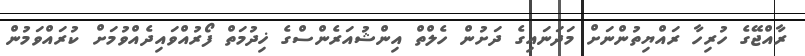
ރާއްޖޭގެ ހުރިހާ ރައްޔިތުންނަށް މަދަނައިގެ ދަށުން ހެލްތް އިންޝުއަރެންސްގެ ޚިދުމަތް ފޯރުއްވައިދެއްވުމަށް ކުރައްވަމުން